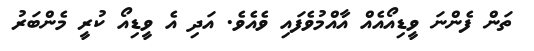
ތަން ފެންނަ ވީޑިއޯއެއް އާއްމުވެފައި ވެއެވެ. އަދި އެ ވީޑިއޯ ކުރީ މެންބަރު